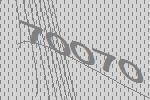
70070